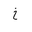
Letter: _kha